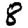
Digit: 8